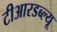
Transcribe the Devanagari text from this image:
टीआरडब्ल्यू